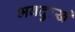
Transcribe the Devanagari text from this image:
भवदुःखे